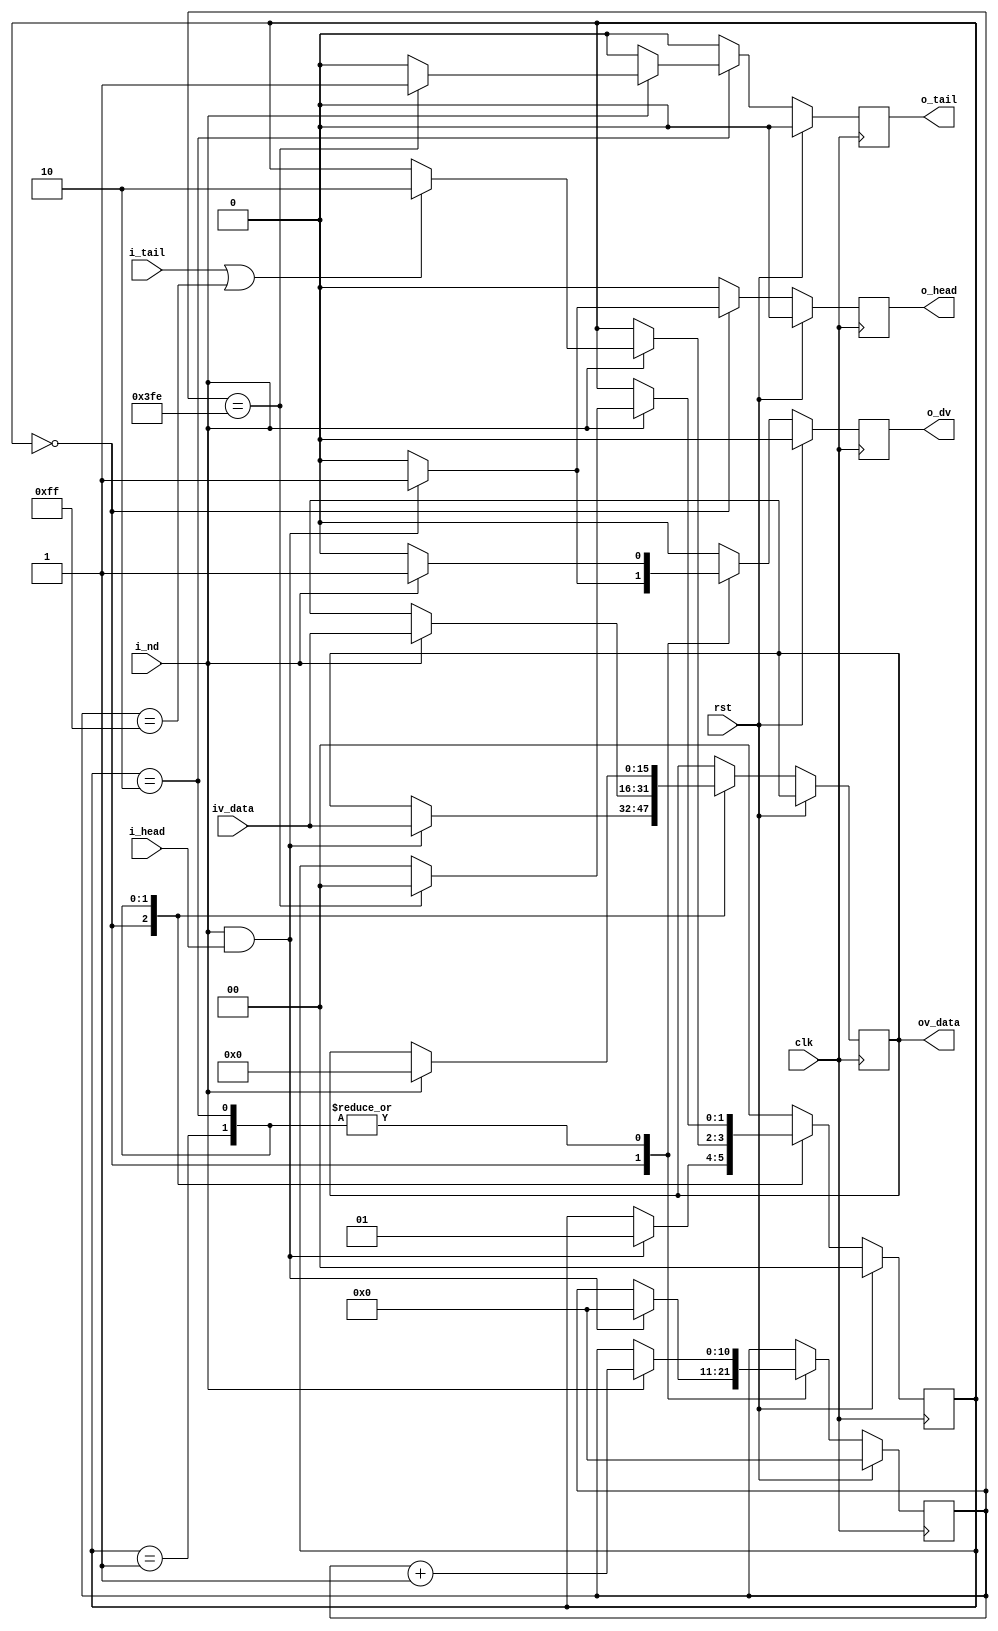
`timescale 1ns/1ps

/* pad the serial input iv_data , maybe less than N_FRAME_LENGTH data,
   to a whole frame of total N_FRAME_LENGTH data */
 
// latency = 1 clks
//
module xframepad# (
    parameter BWID              = 16,     // input bit-width, output bit-width = BWID + 1
    parameter N_FRAME_LENGTH    = 1024,   // total length after padded
    parameter N_MAX_BEFORE_PAD  = 256,    // number before padding, 
    parameter PAD_VALUE         = 0       // padded value
) (
    input wire                  clk,
    input wire                  rst,
    input wire [BWID-1:0]       iv_data,
    input wire                  i_nd,
    input wire                  i_head,   // frame-head flag, must sync to i_nd
    input wire                  i_tail,   // frame-tail flag, must sync to i_nd
    output reg [BWID-1:0]       ov_data,
    output reg                  o_dv,
    output reg                  o_head,
    output reg                  o_tail
);
    function integer clog2;
        input integer x;
        begin
            clog2=0;
            while( x > 1 ) begin
                clog2 = clog2+1;
                x = x >> 1;
            end
        end
    endfunction
    
   localparam IDLE        = 0;
   localparam GOT_FRAME_HEAD    = 1;
   localparam PADDING     = 2;

   reg [1:0] stt=IDLE;
   reg [clog2(N_FRAME_LENGTH):0] cnt=0;
   
    always@(posedge clk)
    if( rst )begin
        stt <= IDLE;
        cnt <= 0;
        o_dv <= 0;
        o_head <= 0;
        o_tail <= 0;
    end else begin
        o_dv    <= 0;
        o_head <= 0;
        o_tail <= 0;
        case( stt )
            IDLE : begin
                if ( i_nd & i_head ) begin
                    ov_data <= iv_data;
                    o_dv   <= 1;
                    o_head <= 1;
                    cnt   <= 0;
                    stt   <= GOT_FRAME_HEAD;
                end
            end
            GOT_FRAME_HEAD : begin
                if ( i_nd ) begin
                    ov_data <= iv_data;
                    o_dv   <= 1;
                    cnt   <= cnt + 1;
                    if( i_tail || cnt==N_MAX_BEFORE_PAD-1 )begin
                        stt   <= PADDING;
                    end
                end
            end 
            PADDING : begin
                if ( i_nd ) begin
                    ov_data <= PAD_VALUE;
                    o_dv   <= 1;
                    cnt   <= cnt + 1;
                    if( cnt== N_FRAME_LENGTH-2 )begin
                        o_tail <= 1 ;
                        stt   <= IDLE;
                    end
                end
            end
            default : stt   <= IDLE;
        endcase
    end
    
endmodule